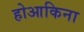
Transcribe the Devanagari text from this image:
होआकिना